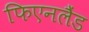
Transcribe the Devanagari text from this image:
फिएनलैंड